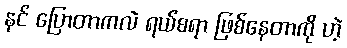
နင် ပြောတာကလဲ ရယ်စရာ ဖြစ်နေတာကို ဟဲ့